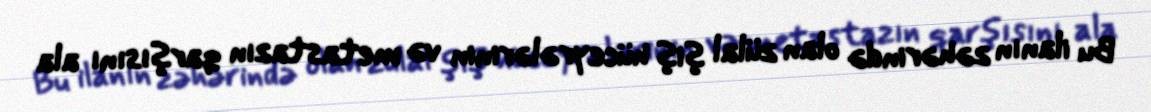
Bu ilanın zəhərində olan zülal şiş hüceyrələrinin və metastazın qarşısını ala